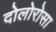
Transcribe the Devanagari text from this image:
दोलोरोसा